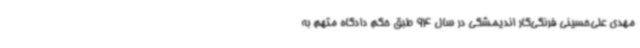
مهدی علی‌حسینی فرنگی‌کار اندیمشکی در سال 94 طبق حکم دادگاه متهم به